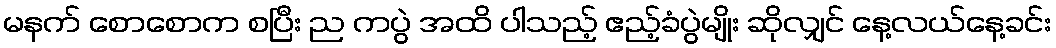
မနက် စောစောက စပြီး ည ကပွဲ အထိ ပါသည့် ဧည့်ခံပွဲမျိုး ဆိုလျှင် နေ့လယ်နေ့ခင်း